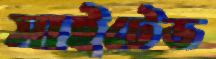
সাইটেড